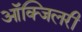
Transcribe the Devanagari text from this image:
आॅक्जिलरी